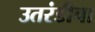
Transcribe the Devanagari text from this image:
उतरंडीचा